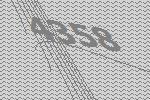
4358